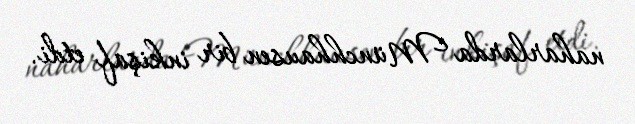
naharlarda Münchhausen bir inkişaf etdi.